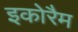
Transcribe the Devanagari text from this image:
इकोरैम